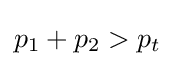
p_{1}+p_{2}>p_{t}